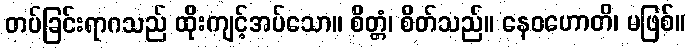
တပ်ခြင်းရာဂသည် ထိုးကျင့်အပ်သော။ စိတ္တံ၊ စိတ်သည်။ နေဝဟောတိ၊ မဖြစ်။